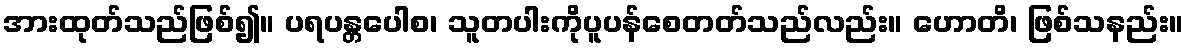
အားထုတ်သည်ဖြစ်၍။ ပရပန္တပေါစ၊ သူတပါးကိုပူပန်စေတတ်သည်လည်း။ ဟောတိ၊ ဖြစ်သနည်း။